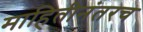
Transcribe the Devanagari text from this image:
माहितीनंतरच